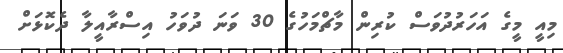
މިއީ މީގެ އަހަރުދުވަސް ކުރިން މާޗްމަހުގެ 30 ވަނަ ދުވަހު އިސްރާއީލާ ދެކޮޅަށް